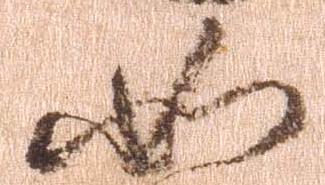
如